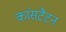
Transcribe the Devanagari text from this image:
कांसटैटन